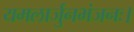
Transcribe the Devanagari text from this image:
यमलार्जुनभंजनः।